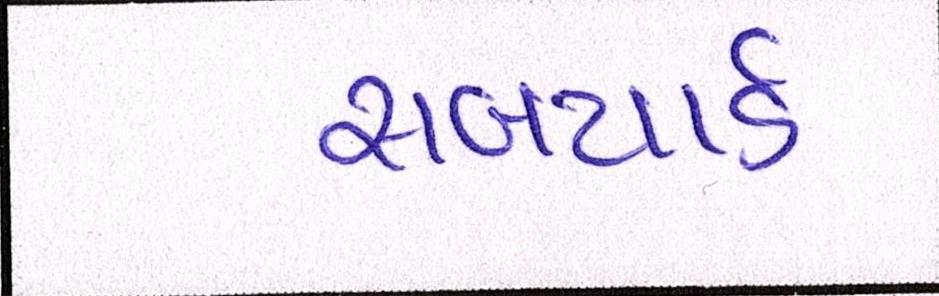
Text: સબયાર્ડ